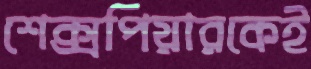
শেক্সপিয়ারকেই